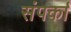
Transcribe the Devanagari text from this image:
संपर्का